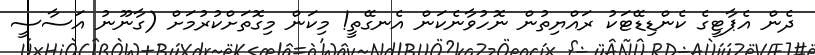
ދެން އެޕާޓީގެ ކެންޑިޑޭޓަކު ރައްޔިތުން ނޮހުވާނެކަން އެނގޭތީ! މިކަން މިގޮތަށްކުރުމަށް (ގާނޫނު އަސާސީ